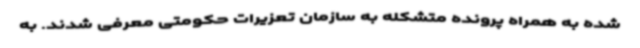
شده به همراه پرونده متشکله به سازمان تعزیرات حکومتی معرفی شدند. به